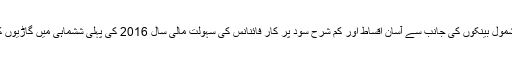
ملک کی معاشی صورتحال میں بہتری اور نجی اداروں بشمول بینکوں کی جانب سے آسان اقساط اور کم شرح سود پر کار فائنانس کی سہولت مالی سال 2016 کی پہلی ششماہی میں گاڑیوں کی فروخت میں اضافے کی بنیادی وجوہات میں سے ہیں۔